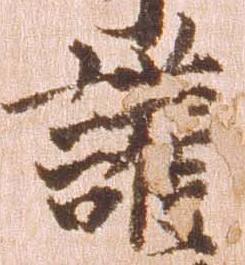
護